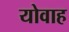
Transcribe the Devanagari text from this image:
योवाह